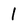
Character: 1